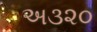
અ૩૨૦